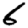
Digit: 6